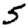
Digit: 5